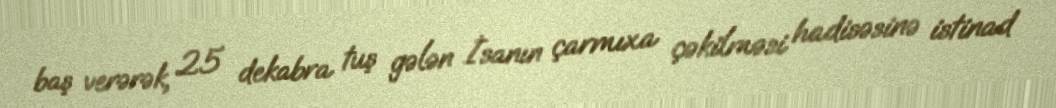
baş verərək, 25 dekabra tuş gələn İsanın çarmıxa çəkilməsi hadisəsinə istinad